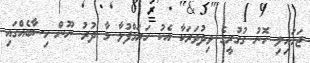
ޖަހައިލި ހޮނު ގުގުރީގެ ވިދުވަރަކާ އެކު ހަރަމްފުޅާ މާ ދުރު ނޫން ހިސާބެއްގައި